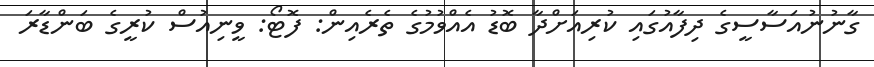
ގާނުނުއަސާސީގެ ދިފާއުގައި ކުރިއަށްދާ ބޮޑު އެއްވުމުގެ ތެރެއިން: ފޮޓޯ: ވީނިއުސް ކުރީގެ ބަންޑާރަ